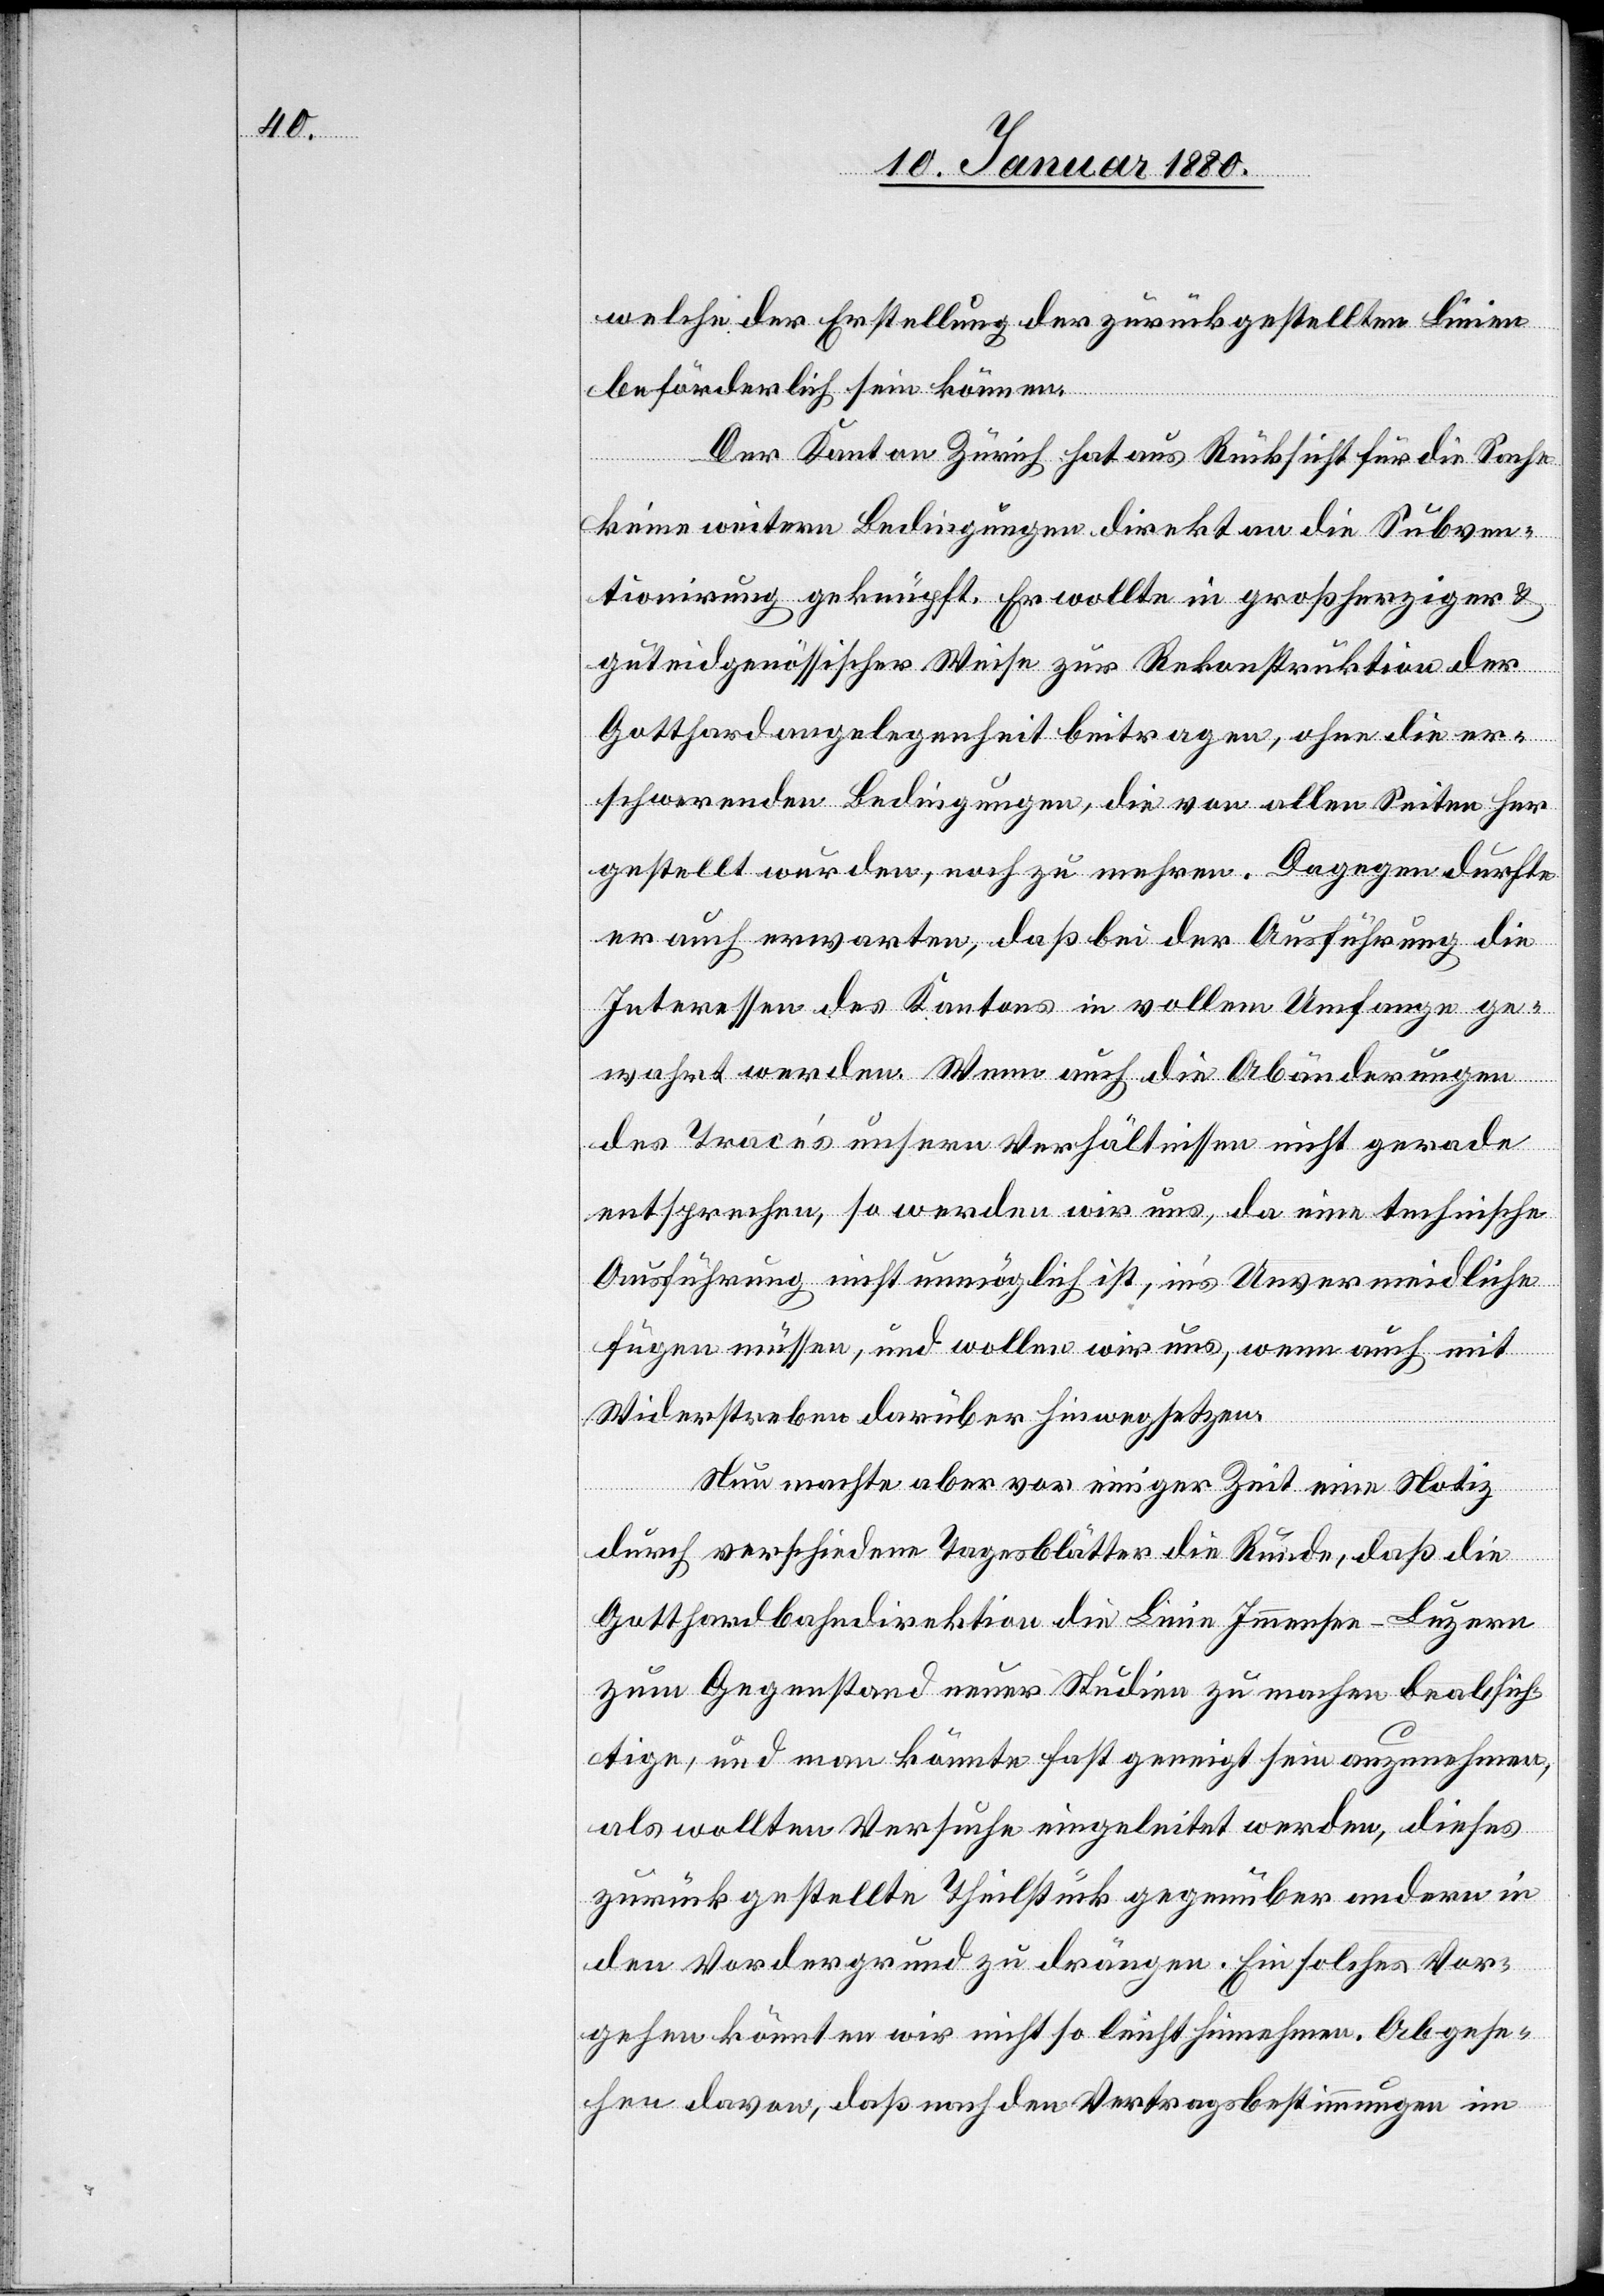
welche der Erstellung der zurückgestellten Linien
beförderlich sein können.
Der Kanton Zürich hat aus Rücksicht für die Sache
keine weitern Bedingungen direkt an die Subven¬
tionirung geknüpft. Er wollte in großherziger &
guteidgenössischer Weise zur Rekonstruktion der
Gotthardangelegenheit beitragen, ohne die er¬
schwerenden Bedingungen, die von allen Seiten her
gestellt wurden, noch zu mehren. Dagegen durfte
er auch erwarten, daß bei der Ausführung die
Interessen des Kantons in vollem Umfang ge¬
wahrt werden. Wenn auch die Abänderungen
des Tracés unseren Verhältnissen nicht gerade
entsprechen, so werden wir uns, da eine technische
Ausführung nicht unmöglich ist, in’s Unvermeidliche
fügen müssen, und wollen wir uns, wenn auch mit
Widerstreben darüber hinwegsetzen.
Nun machte aber vor einiger Zeit eine Notiz
durch verschiedene Tagesblätter die Runde, daß die
Gotthardbahndirektion die Linie Immensee–Luzern
zum Gegenstand neuer Studien zu machen beabsich¬
tige, und man könnte fast geneigt sein anzunehmen,
als wollten Versuche eingeleitet werden, dieses
zurückgestellte Theilstück gegenüber andern in
den Vordergrund zu drängen. Ein solches Vor¬
gehen könnten wir nicht so leicht hinnehmen. Abgese¬
hen davon, daß nach den Vertragsbestimmungen im